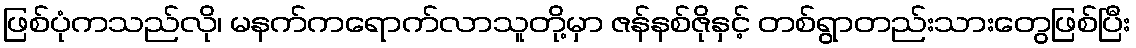
ဖြစ်ပုံကသည်လို၊ မနက်ကရောက်လာသူတို့မှာ ဇန်နစ်ဇိုနှင့် တစ်ရွာတည်းသားတွေဖြစ်ပြီး